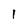
Character: 1